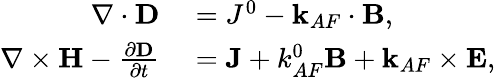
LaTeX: \begin{array}{rl}{\nabla\cdot\mathbf{D}}&{{}=J^{0}-\mathbf{k}_{AF}\cdot\mathbf{B},}\\ {\nabla\times\mathbf{H}-\frac{\partial\mathbf{D}}{\partial t}}&{{}=\mathbf{J}+k_{AF}^{0}\mathbf{B}+\mathbf{k}_{AF}\times\mathbf{E},}\end{array}